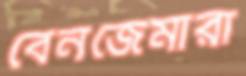
বেনজেমারা